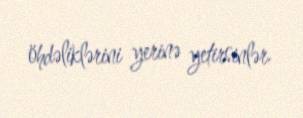
öhdəliklərini yerinə yetirsinlər.